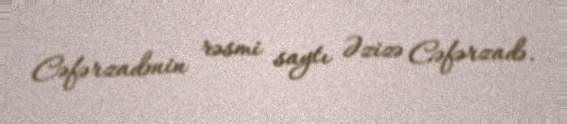
Cəfərzadənin rəsmi saytı Əzizə Cəfərzadə.